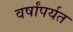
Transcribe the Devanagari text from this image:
वर्षांपर्यत